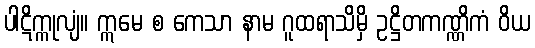
ပါဋိက္ကုလျံ။ ဣမေ စ ကေသာ နာမ ဂူထရာသိမှိ ဥဋ္ဌိတကဏ္ဏိကံ ဝိယ